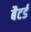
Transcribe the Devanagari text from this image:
बैटर्ड